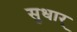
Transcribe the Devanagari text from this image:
सुधार्